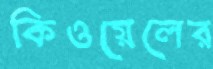
কিওয়েলের